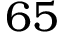
6 5